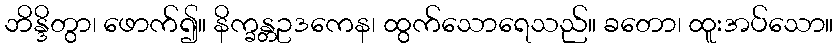
ဘိန္ဒိတွာ၊ ဖောက်၍။ နိက္ခန္တဥဒကေန၊ ထွက်သောရေသည်။ ခတော၊ ထူးအပ်သော။